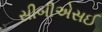
સીબીએસઈ